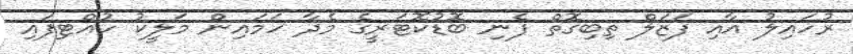
ރުހައިލު އާއި ފަޒަލް ތިބިގޮތް ފެނި ބޮޑުކޮޓަރީގެ މެދާ ހަމައިން މަލީކު ހުއްޓިފައި